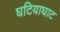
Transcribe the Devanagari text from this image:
घटियाघाट